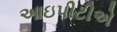
આઇપીટીએ